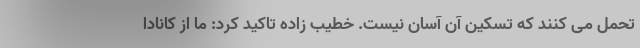
تحمل می کنند که تسکین آن آسان نیست. خطیب زاده تاکید کرد: ما از کانادا